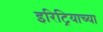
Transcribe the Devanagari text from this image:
इरिट्रियाच्या